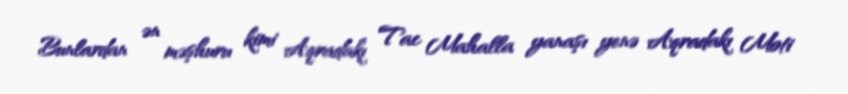
Bunlardan ən məşhuru kimi Aqradakı Tac Mahalla yanaşı yenə Aqradakı Moti